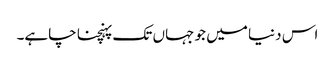
اس دنیا میں جو جہاں تک پہنچنا چاہے۔